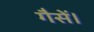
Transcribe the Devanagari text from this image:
गैसें।